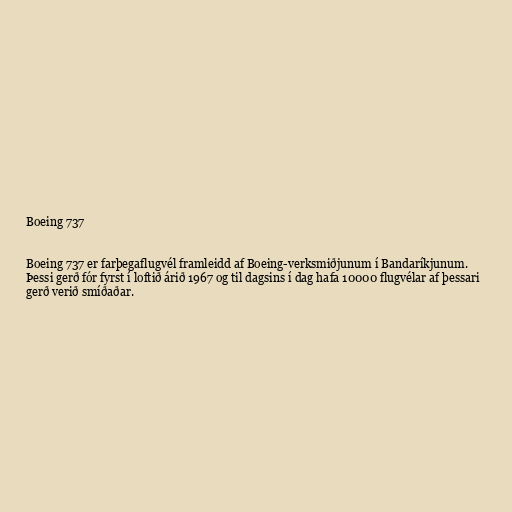
Boeing 737

Boeing 737 er farþegaflugvél framleidd af Boeing-verksmiðjunum í Bandaríkjunum.
Þessi gerð fór fyrst í loftið árið 1967 og til dagsins í dag hafa 10000 flugvélar af þessari
gerð verið smíðaðar.